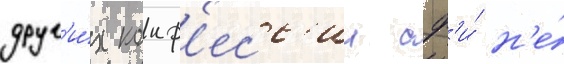
друг'и́х конф'есс'ии сф'и́ н'е́